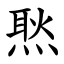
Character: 㷦